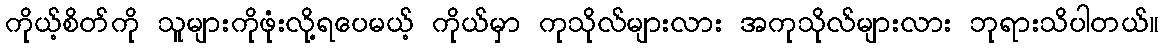
ကိုယ့်စိတ်ကို သူများကိုဖုံးလို့ရပေမယ့် ကိုယ်မှာ ကုသိုလ်များလား အကုသိုလ်များလား ဘုရားသိပါတယ်။